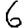
Digit: 6